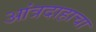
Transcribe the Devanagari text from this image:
आंत्रदाहाचा